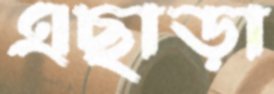
এছাড়া